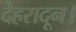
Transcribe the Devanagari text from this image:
देहरादून।